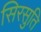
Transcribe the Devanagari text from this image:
सिरसुति